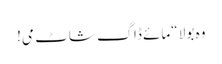
وہ بولا “مائے ڈاگ شاٹ می!